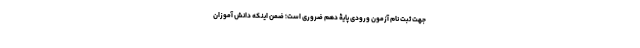
جهت ثبت نام آزمون ورودی پایۀ دهم ضروری است؛ ضمن اینکه دانش آموزان